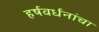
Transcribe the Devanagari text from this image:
हर्षवर्धनांचा